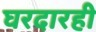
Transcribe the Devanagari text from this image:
घरदारही